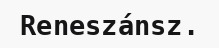
Reneszánsz.